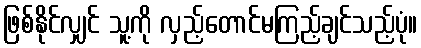
ဖြစ်နိုင်လျှင် သူ့ကို လှည့်တောင်မကြည့်ချင်သည့်ပုံ။